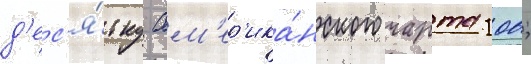
д'ес'я́тку ам'ер'ика́нского чарта 100;